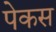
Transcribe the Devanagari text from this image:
पेकस